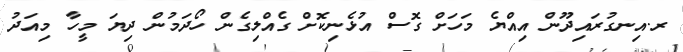
ރ.އިނގުރައިދޫން އިއްޔެ މަހަށް ގޮސް އުޅެނިކޮށް ގެއްލިގެން ހޯދަމުން ދިޔަ މީހާ މިއަދު